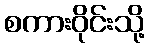
စကားဝိုင်းသို့